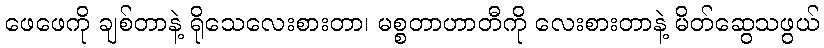
ဖေဖေကို ချစ်တာနဲ့ ရိုသေလေးစားတာ၊ မစ္စတာဟာတီကို လေးစားတာနဲ့ မိတ်ဆွေသဖွယ်